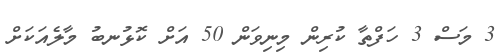
3 މަސް 3 ހަފްތާ ކުރިން މިނިވަން 50 އަށް ކޮޅުނބު މާލެއަކަށް